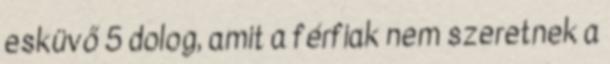
esküvő 5 dolog, amit a férfiak nem szeretnek a